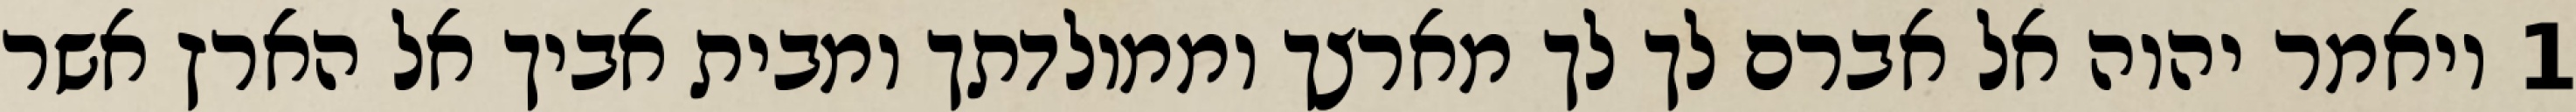
1 ויאמר יהוה אל אברם לך לך מארצך וממולדתך ומבית אביך אל הארץ אשר